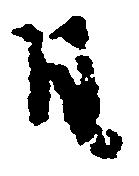
日